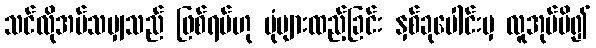
သင်လိုအပ်သမျှသည် ဖြစ်ရပ်ဟု ပုံများထည့်ခြင်း နှစ်ခုပေါင်းမှ လူအုပ်ပိ၍